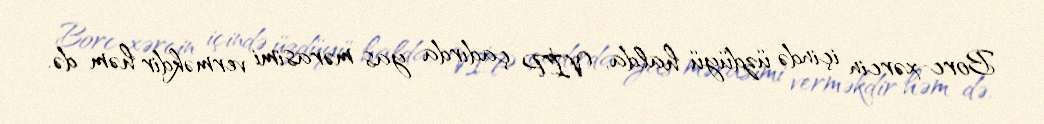
Borc-xərcin içində üzdüyü halda, VİP çadırda yas mərasimi verməkdir həm də.